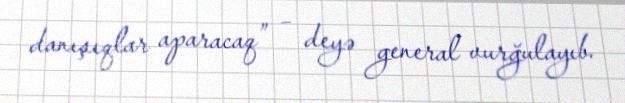
danışıqlar aparacaq” – deyə general vurğulayıb.